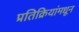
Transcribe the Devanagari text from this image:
प्रतिक्रियांमधून